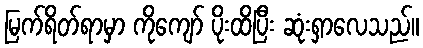
မြက်ရိတ်ရာမှာ ကိုကျော် ပိုးထိပြီး ဆုံးရှာလေသည်။